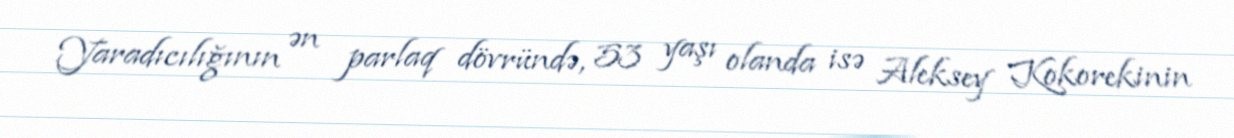
Yaradıcılığının ən parlaq dövründə, 53 yaşı olanda isə Aleksey Kokorekinin